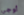
أوجي